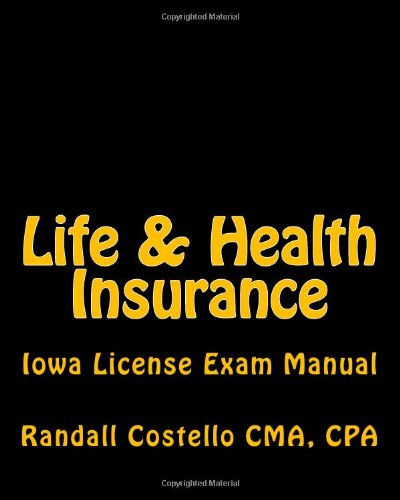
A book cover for Life & Health Insurance: Iowa License Exam Manual; CPA, Randall M. Costello CMA; Business & Money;